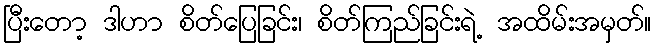
ပြီးတော့ ဒါဟာ စိတ်ပြေခြင်း၊ စိတ်ကြည်ခြင်းရဲ့ အထိမ်းအမှတ်။